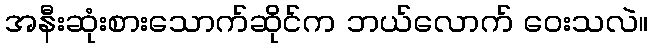
အနီးဆုံးစားသောက်ဆိုင်က ဘယ်လောက် ဝေးသလဲ။